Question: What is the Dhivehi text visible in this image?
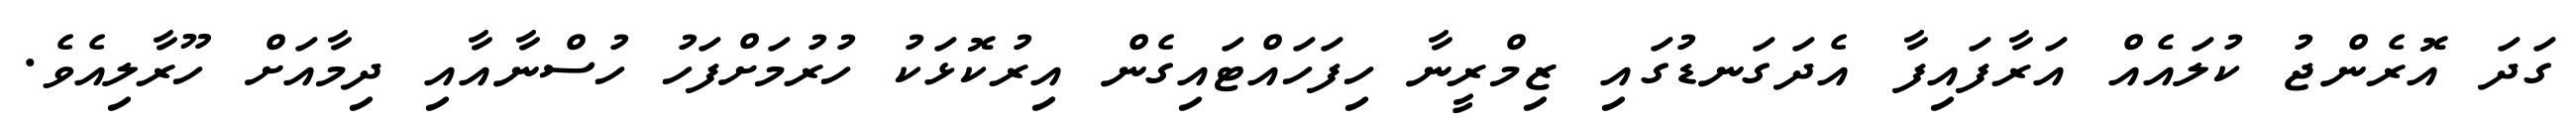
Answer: ގަދަ އޮރެންޖު ކުލައެއް އަރާފައިފާ އެދަގަނޑުގައި ޒިމްރީނާ ހިފަހައްޓައިގެން އިރުކޮޅަކު ހުރުމަށްފަހު ހުސްނާއާއި ދިމާއަށް ހޫރާލިއެވެ.